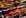
ليزا